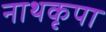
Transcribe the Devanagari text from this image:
नाथकृपा